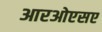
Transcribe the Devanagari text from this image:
आरओएसए